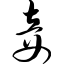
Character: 妾